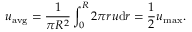
{ u } _ { \mathrm { a v g } } = { \frac { 1 } { \pi R ^ { 2 } } } \int _ { 0 } ^ { R } 2 \pi r u \mathrm { d } r = { \frac { 1 } { 2 } } { u } _ { \mathrm { m a x } } .